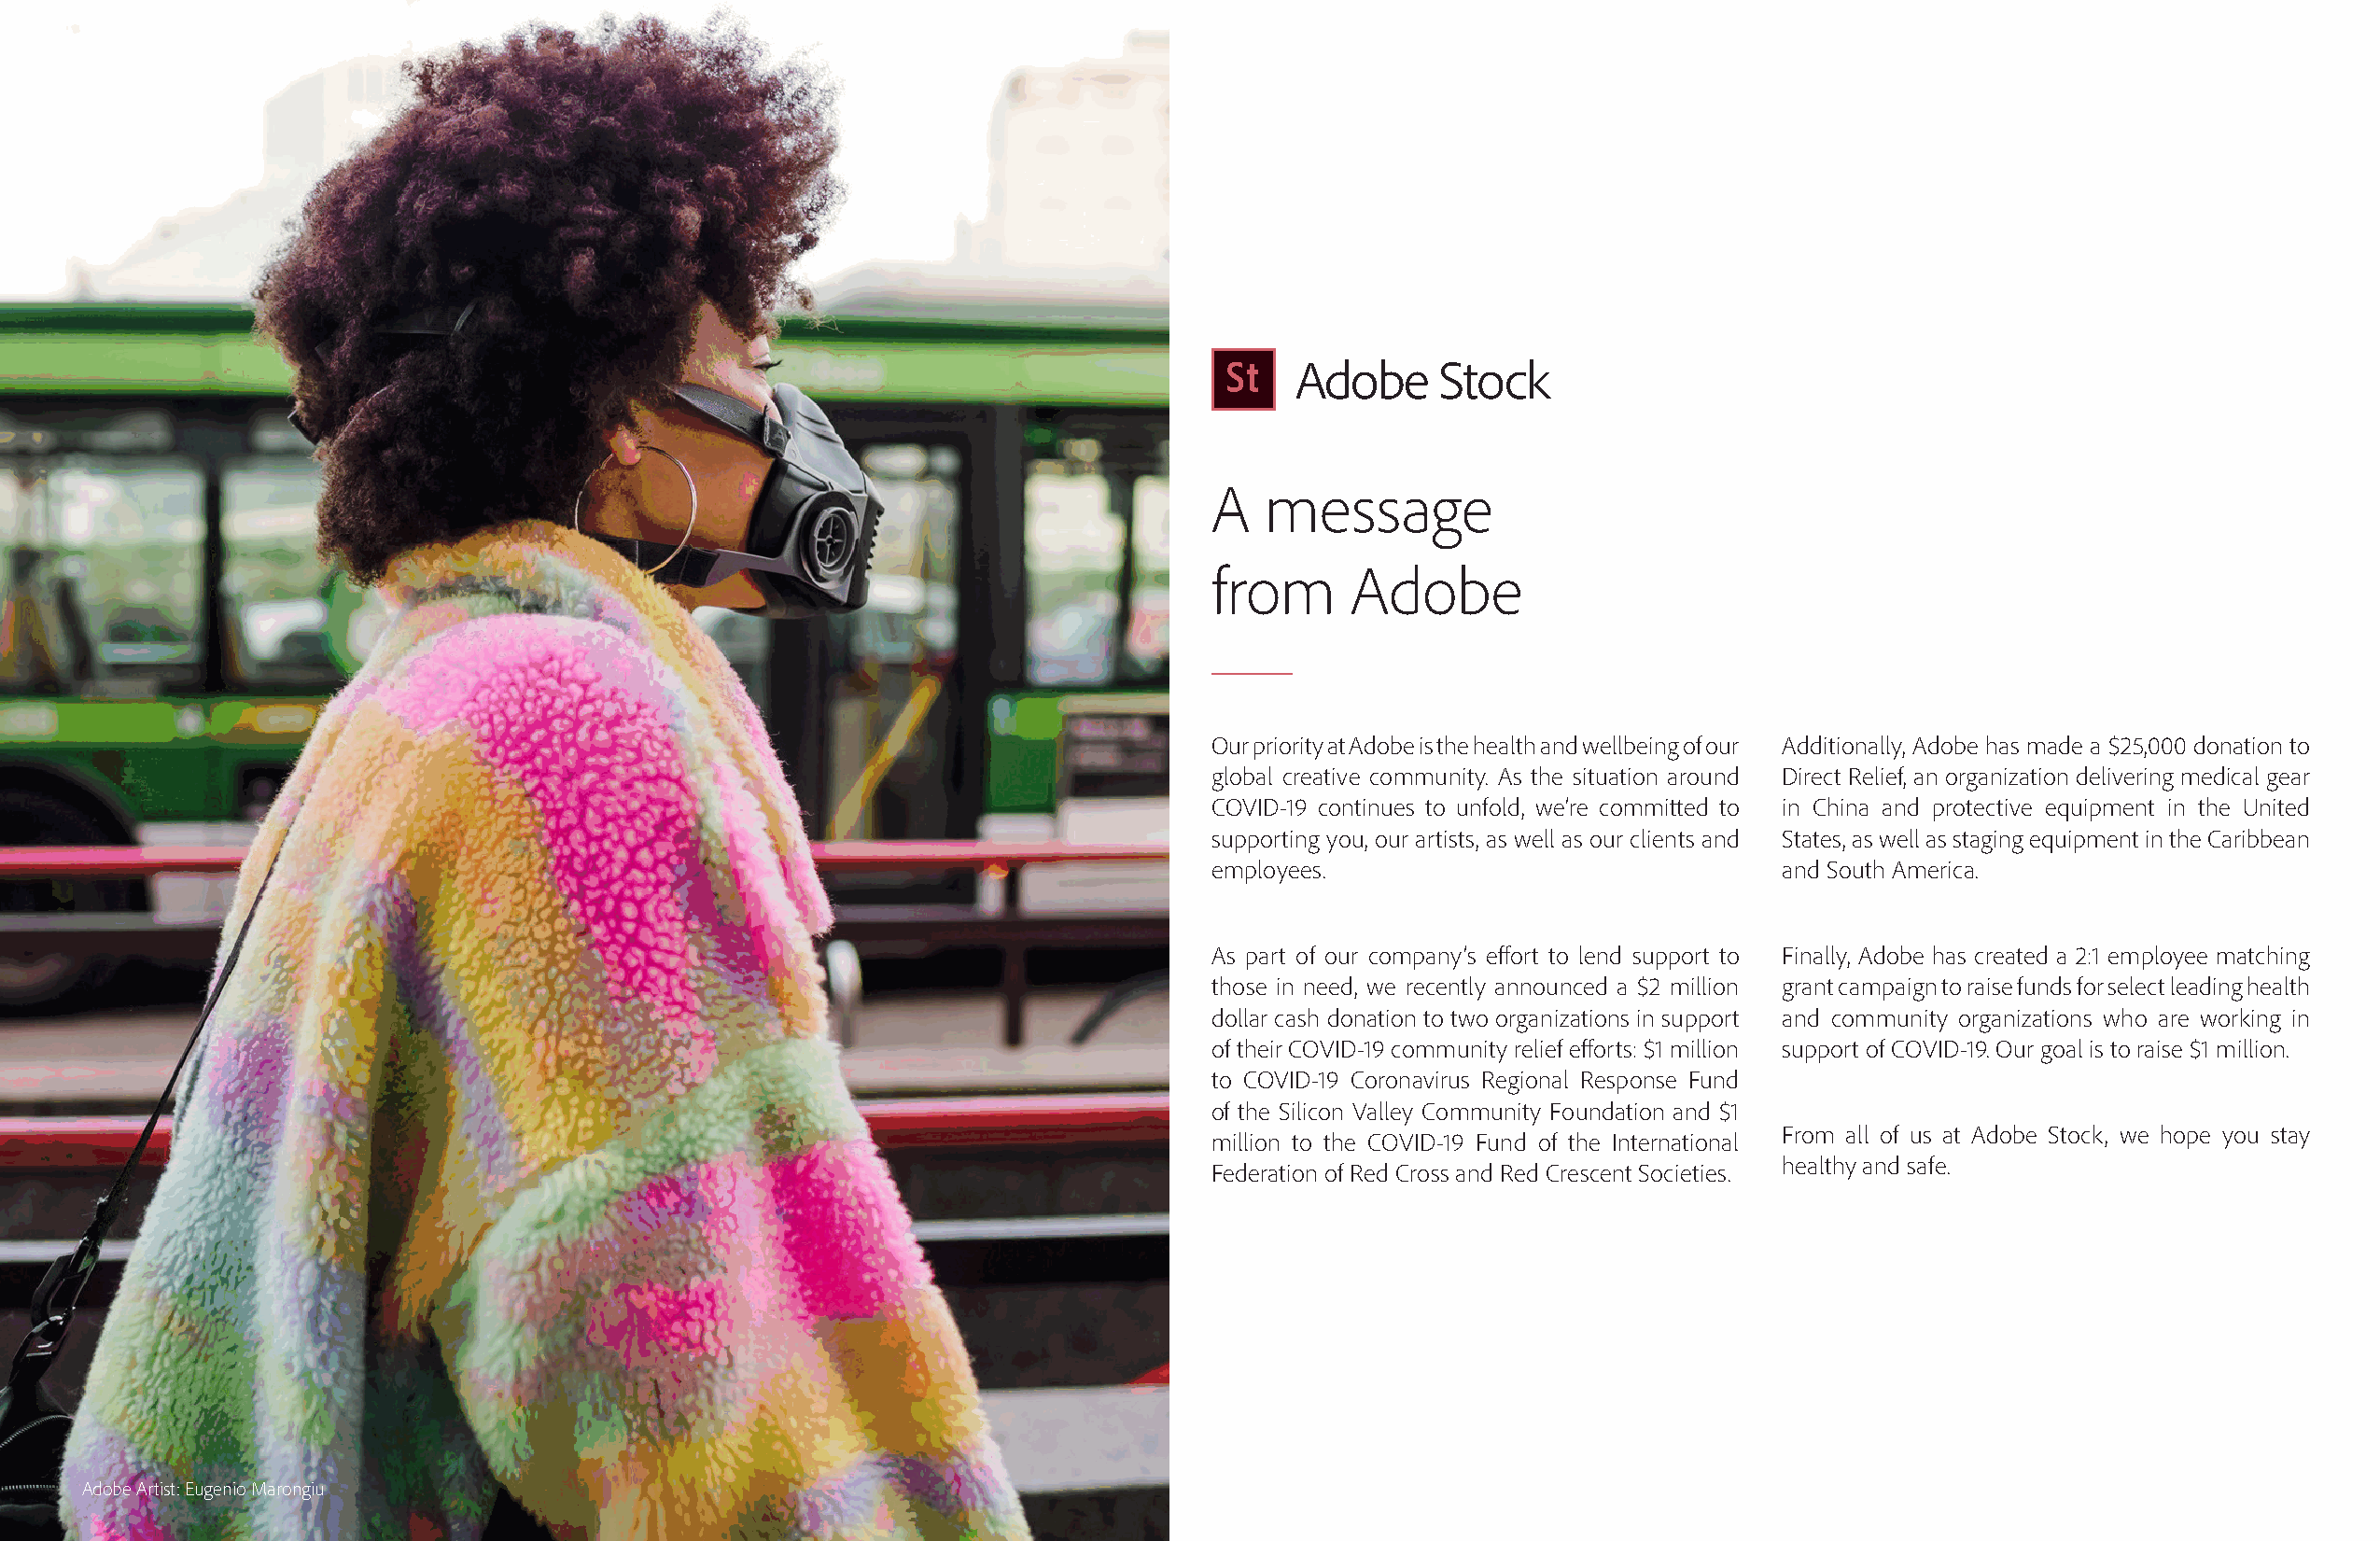
A   message
 from      Adobe
 Our priority at Adobe is the health and wellbeing of our Additionally, Adobe has made a $25,000 donation to
 global creative community. As the situation around Direct Relief, an organization delivering medical gear
 COVID-19 continues to unfold, we’re committed to in China and protective equipment in the United
 supporting you, our artists, as well as our clients and States, as well as staging equipment in the Caribbean
 employees.                              and South America.
 As part of our company’s effort to lend support to Finally, Adobe has created a 2:1 employee matching
 those in need, we recently announced a $2 million grant campaign to raise funds for select leading health
 dollar cash donation to two organizations in support and community organizations who are working in
 of their COVID-19 community relief efforts: $1 million support of COVID-19. Our goal is to raise $1 million.
 to COVID-19 Coronavirus Regional Response Fund
 of the Silicon Valley Community Foundation and $1
 From all of us at Adobe Stock, we hope you stay
 million to the COVID-19 Fund of the International
 healthy and safe.
 Federation of Red Cross and Red Crescent Societies.
 Adobe Artist: Eugenio Marongiu